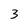
Character: 3